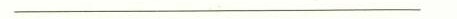
___